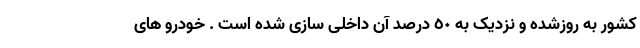
کشور به روزشده و نزدیک به ٥٠ درصد آن داخلی سازی شده است . خودرو های